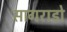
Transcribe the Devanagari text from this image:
सागराडो